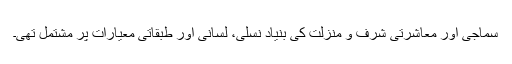
سماجی اور معاشرتی شرف و منزلت کی بنیاد نسلی، لسانی اور طبقاتی معیارات پر مشتمل تھی۔